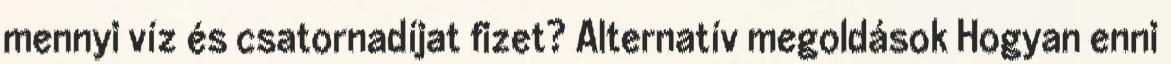
mennyi víz és csatornadíjat fizet? Alternatív megoldások Hogyan enni